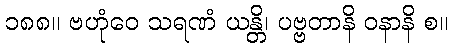
၁၈၈။ ဗဟုံဝေ သရဏံ ယန္တိ၊ ပဗ္ဗတာနိ ဝနာနိ စ။